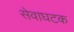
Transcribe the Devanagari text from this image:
सेवाघटक